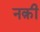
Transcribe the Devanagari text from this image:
नक़ी